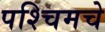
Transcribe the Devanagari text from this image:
पश्‍चिमचे